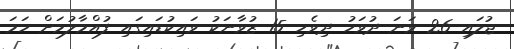
ޖުލައި 26 ވަނަ ދުވަހު ދިވެހި 15 ޒުވާނަކު ވައިކުޑައިގައި ފުއްމާލުމަށް ހަމަ